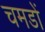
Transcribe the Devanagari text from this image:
चमडों